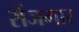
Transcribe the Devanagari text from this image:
र्रोजगार